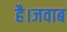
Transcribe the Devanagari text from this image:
है।जवाब